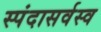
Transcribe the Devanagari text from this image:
स्पंदासर्वस्व